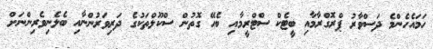
ހަމައެހެންމެ ދަސްވާރު ޕްރޮގްރާމާއި ބީޓެކް ސްޓްރީމާއި ބެހޭ ގޮތުން ސްކޫލްތަކުގެ ދަރިވަރުންނާއި ބެލެނިވެރިންނަށް